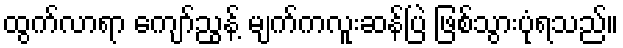
ထွက်လာရာ ကျော်ညွန့် မျက်ကလူးဆန်ပြဲ ဖြစ်သွားပုံရသည်။